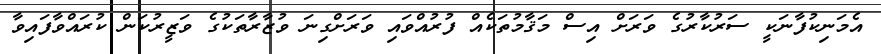
އެމަނިކުފާނަކީ ސަރުކާރުގެ ވަރަށް އިސް މަޤާމުތަކެއް ފުރުއްވައި ވަރަށްގިނަ ވުޒާރާތަކުގެ ވަޒީރުކަން ކުރައްވާފައިވާ